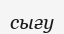
сығу